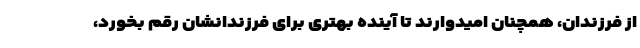
از فرزندان، همچنان امیدوارند تا آینده بهتری برای فرزندانشان رقم بخورد،